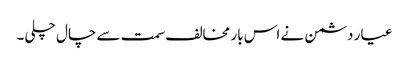
عیار دشمن نے اس بار مخالف سمت سے چال چلی۔